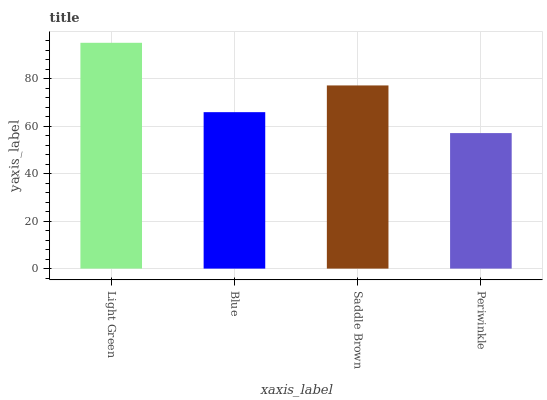
| xaxis_label | bars |
 | --- | --- |
 | Light Green | 95.1 |
 | Blue | 65.9 |
 | Saddle Brown | 77.1 |
 | Periwinkle | 57.1 |